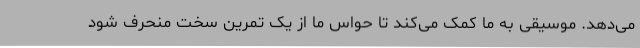
می‌دهد. موسیقی به ما کمک می‌کند تا حواس ما از یک تمرین سخت منحرف شود